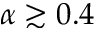
\alpha \gtrsim 0 . 4